Vaccination in Bombay 1889-1901 - 1889-1901
Year: 1889
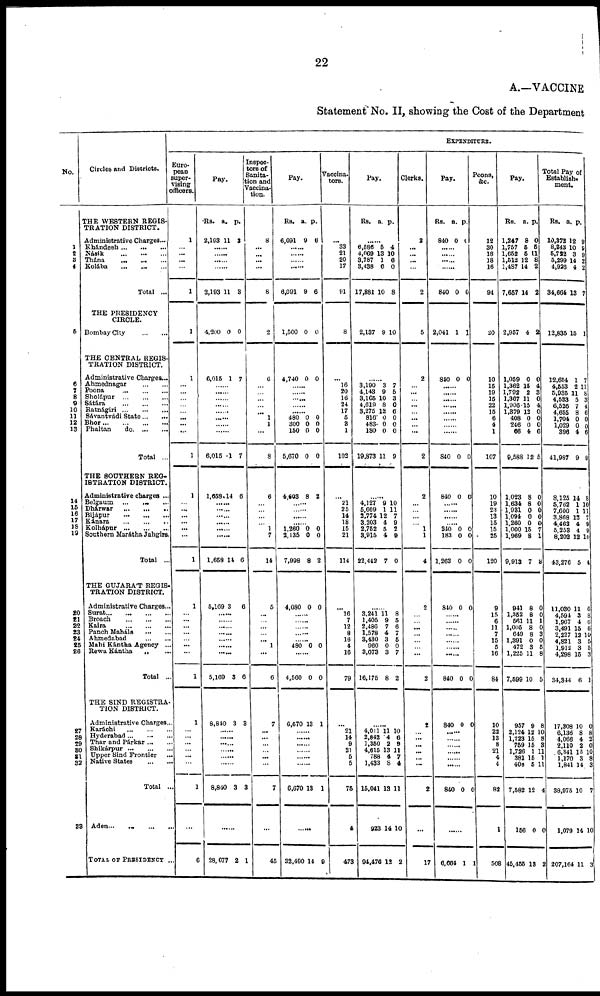
22
A.—VACCINE
Statement No. II, showing the Cost of the Department
No.
1
2
3
4
5
6
7
8
9
10
11
12
13
14
15
16
17
18
19
20
21
22
23
24
25
26
27
28
29
30
31
32
33
Circles and Districts.
THE WESTERN REGIS-
TRATION DISTRICT.
Administrative Charges...
Khándesh ... ... ...
Násik ... ... ...
Thána ... ... ...
Kolába ... ... ...
Total ...
THE PRESIDENCY
CIRCLE.
Bombay City ... ...
THE CENTRAL REGIS¬
TRATION DISTRICT.
Administrative Charges...
Ahmednagar
...
...
Poona
...
...
...
Sholápur ... ... ...
Sátára...
...
...
Ratnágiri...
...
...
Sávantvádi State...
Bhor...
...
...
...
Phaltan
do. ... ...
Total ...
THE SOUTHERN REG-
ISTRATION DISTRICT.
Administrative charges ...
Belgaum ... ... ...
Dhárwar
...
... ...
Bijápur
...
...
...
Kánara
...
...
...
Kolhápur...
...
...
Southern Marátha Jahgirs.
Total ...
THE GUJARAT REGIS¬
TRATION DISTRICT.
Administrative Charges...
Surat...
...
...
...
Broach ... ... ...
Kaira ... ... ...
Panch Maháls
...
...
Ahmedabad
...
...
Mahi Kántha Agency ...
Rewa Kántha ... ...
Total ...
THE SIND REGISTRA-
TION DISTRICT.
Administrative Charges...
Karáchi
...
...
...
Hyderabad...
...
...
Thar and Párkar... ...
Shikárpur...
...
...
Upper Sind Frontier ...
Native States
...
...
Total ...
Aden...
...
...
...
TOTAL OF PRESIDENCY ...
EXPENDITURE.
Euro-
pean
super-
vising
officers.
1
...
...
...
...
1
1
1
...
...
...
...
...
...
...
...
1
1
...
...
...
...
...
...
1
1
... ...
... ...
... ...
...
1
1
... ...
...
...
...
...
1
...
6
Pay.
Rs.
2,193
a.
11
p.
2
......
......
......
2,193 11 3
4,200 0 0
6,015 1 7
......
......
......
......
......
......
......
......
6,015 1 7
1,658 14 6
......
......
......
......
......
......
1,658 14 6
5,169 3 6
......
......
...... ......
......
...... ......
5,169 3 6
8,840 3 3
......
......
......
......
......
......
8,840 3 3
......
28,077 2 1
Inspec¬
tors of
Sanita¬
tion and
Vaccina¬
tion.
8
...
...
...
...
8
2
6
...
...
...
...
...
1
1
...
8
6
...
...
...
...
1
7
14
5
...
...
...
... ... 1
...
6
7
...
...
...
...
...
...
7
...
45
Pay.
Rs.
6,091
a.
9
p.
6
......
......
......
......
6,091 9 6
1,500 0 0
4,740 0 0
......
......
......
......
480
300
150
5,670
0
0
0
0
0
0
0
0
4,603 8 2
......
......
......
......
1,260
2,135
7,998
0
0
8
0
0
2
4,080 0 0
......
......
...... ......
...... 480 0 0
......
4,560 0 0
6,670 13 1
...... ......
......
......
......
......
6,670 13 1
......
32,490 14 9
Vaccina¬
tors.
...
33
21
20
17
91
8
...
16
20
16
24
17
5
3
1
102
...
21
25
14
18
15
21
114
...
16
7
12
8
16
4
16
79
...
21
14
9
21
5
5
75
4
473
Pay.
Rs. a. p.
......
6,586
4,069
3,787
3,438
17,881
5
13
1
6
10
4
10 6
0
8
2,137 9 10
......
3,190
4,143
3,165
4,619
3,275
816
483
180
19,873
3
9
10
8
12
0
0
0
11
7
5
3
0
6
0
0
0
9
......
4,127
5,669
3,774
3,203
2,752
3,915
22,442
9
1
12
4
5
4
7
10
11
7
9
2
9
0
......
3,241
1,405
2,486
1,578
3,430
960
3,073
16,175
11
9
7
4
3
0
3
8
8
5
6
7
5
0
7
2
......
4,011
2,842
1,350
4,615
788
1,433
15,041
923
94,476
11
4
2
13
4
8
13
14
12
10
6
9
11
7
4
11
10
2
Clerks.
2
...
...
...
...
2
5
2
...
...
... ...
...
...
...
...
2
2
...
...
...
...
1
1
4
2
...
...
...
...
...
... ...
2
2
... ...
...
...
...
...
2
...
17
Pay.
Rs.
840
a.
0
p.
0
......
...... ......
......
840
0
0
2,041
1 1
840
0 0
......
......
......
......
......
......
......
......
840 0 0
840 0 0
......
......
......
......
240
183
1,263
0
0
0
0
0
0
840 0 0
......
......
......
......
......
......
......
840 0 0
840 0 0
......
......
......
......
......
......
840 0 0
......
6,664 1 1
Peons,
&c.
12
30
18
18
16
94
20
10
15
19
15
22
15
6
4
1
107
10
19
23
13
15
15
25
120
9
15
6
11
7
15
5
16
84
10
22
13
8
21
4
4
82
1
508
Pay.
Rs.
1,247
1,757
1,652
1,512
1,487
7,657
a.
8
5
5
12
14
14
p.
0
5
11
8
2
2
2,957 4 2
1,059
1,362
1,792
1,367
1,906
1,379
408
246
66
9,588
0
15
2
11
15
12
0
0
4
12
0
4
3
0
4 0
0
0
6
5
1,023
1,634
1,931
1,094
1,260
1,000
1,969
9,913
8
8
0
0
0
15
8
7
0
3
0
0
0
7
1
8
941
1,352
561
1,005
649
1,391
472
1,225
7,599
8
8
11
8
8
0
3
11
10
0
0
1
0
3
0
5
8
5
957
2,124
1,223
759
1,726
381
408
7,582
156
45,455
9
12
15
15
1
15
5
12
0
13
8
10
8
3
11
1
11
4
0
2
Total Pay of
Establish¬
ment.
Rs.
10,372
8,843
5,722
5,299
4,926
34,664
a.
12
10
3
14
4
13
p.
9
9
9
2
2
7
12,835 15 1
12,654
4,553
5,935
4,533
6,526
4,655
1,704
1,029
396
41,987
1
2
11
5
7
8
0
0
4
9
7
11
8
3
4
6
0
0 6
9
8,125
5,762
7,600
3,868
4,463
5,253
8,202
43,276
14
1
1
12
4
4
12
5
8
10
11
7
9
9
10
4
11,030
4,594
1,967
3,491
2,227
4,821
1,912
4,298
34,344
11
3
4
14
12
3
3 15
6
6
8
6 6
10
5
5
3
1
17,308
6,136
4,066
2,110
6,341
1,170
1,841
38,975
1,079
207,164
10
8
4
2
15
3
14
10
14
11
0
8
2
0
10
8
3
7
10
3